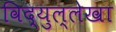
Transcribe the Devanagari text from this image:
विद्युल्लेखा